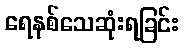
ရေနစ်သေဆုံးရခြင်း